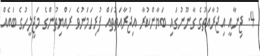
4. ޖިނާއީ އިޖުރާއަތުގެ ގާނޫނުގައި ބަޔާންކުރާ އިޖުރާއަތުތައް ފުރިހަމަނުވެ ރައްޔިތުންގެ މަޖިލީހުގެ ބައެއް